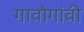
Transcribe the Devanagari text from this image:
गावोगांवी